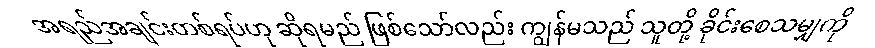
အရည်အချင်းတစ်ရပ်ဟု ဆိုရမည် ဖြစ်သော်လည်း ကျွန်မသည် သူတို့ ခိုင်းစေသမျှကို